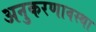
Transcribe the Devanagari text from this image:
अनुकरणावस्था